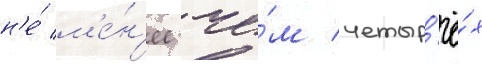
н'е́ м'е́н'ее че́м четыр'ё́х